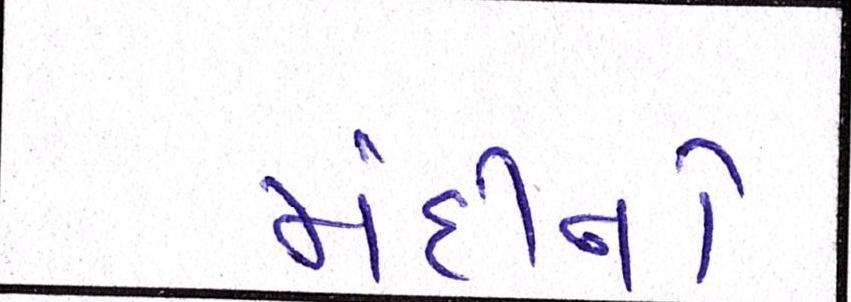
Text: મંદીનો